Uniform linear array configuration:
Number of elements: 8
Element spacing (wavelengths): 0.75
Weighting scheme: hamming
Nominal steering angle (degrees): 0
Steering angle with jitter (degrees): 0.9124
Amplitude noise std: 0.05
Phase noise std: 0.05

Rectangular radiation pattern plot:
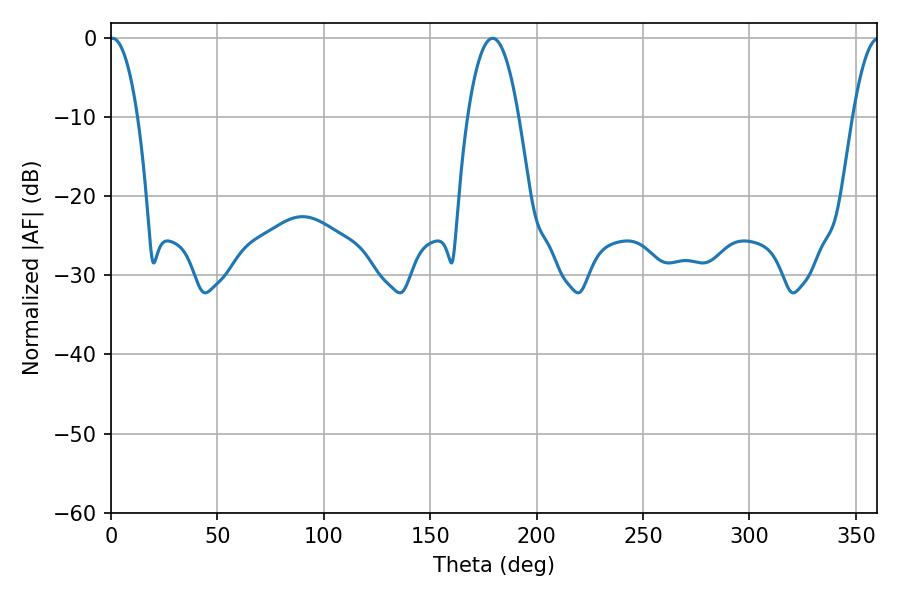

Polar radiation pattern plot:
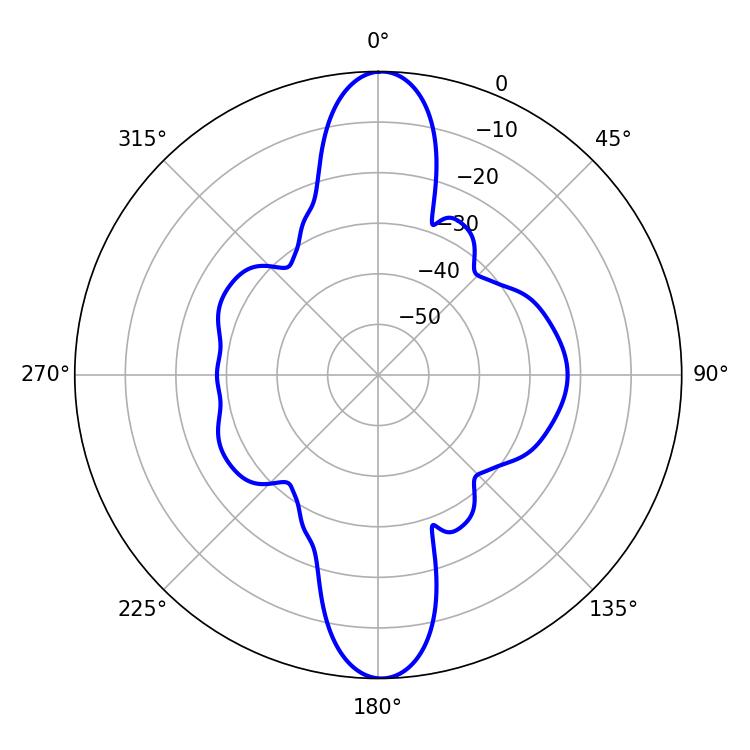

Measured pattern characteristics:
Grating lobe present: TRUE
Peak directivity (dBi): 25.325
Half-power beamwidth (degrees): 13.14
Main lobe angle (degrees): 179.28